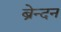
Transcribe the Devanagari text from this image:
ब्रेन्दन